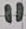
Text: 11